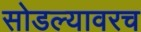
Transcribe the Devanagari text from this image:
सोडल्यावरच